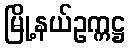
မြို့နယ်ဥက္ကဋ္ဌ